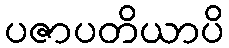
ပဇာပတိယာပိ